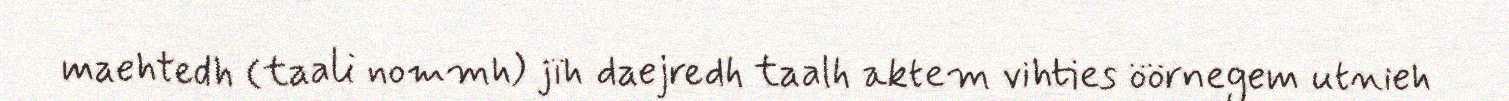
maehtedh (taali nommh) jïh daejredh taalh aktem vihties öörnegem utnieh